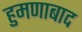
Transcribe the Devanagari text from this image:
हुमणाबाद